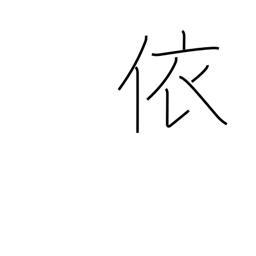
Meaning: therefore